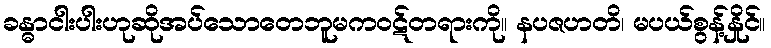
ခန္ဓာငါးပါးဟုဆိုအပ်သောတေဘူမကဝဋ်တရားကို။ နပဇဟတိ၊ မပယ်စွန့်နှိုင်။